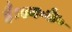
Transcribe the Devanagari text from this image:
है।एन॰के॰